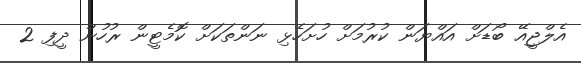
އެލްޖީއޭ ބޯޑަށް އައްޔަން ކުރުމަށް ހުށަހެޅި ނަންތަކަށް ކޮމެޓީން ރުހުން ދީފި 2